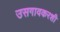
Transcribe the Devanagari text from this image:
उसगावकरशी